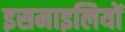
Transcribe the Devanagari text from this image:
इसमाइलियों